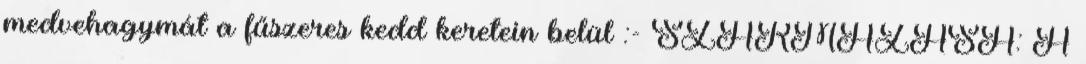
medvehagymát a fűszeres kedd keretein belül :- SZÁRMAZÁSA: A